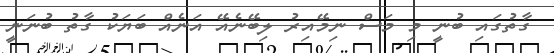
ގާތުގައި ބުނީ މި މަސް ނިމޭއިރު ލިބޭނެއޭ އަނެއް ބަޔަކު ގާތު ބުނަނީ